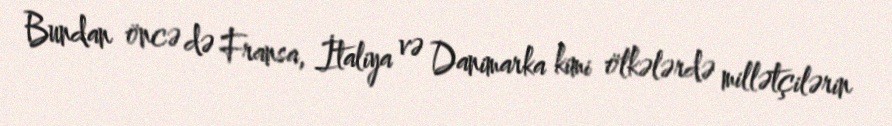
Bundan öncə də Fransa, İtaliya və Danimarka kimi ölkələrdə millətçilərin